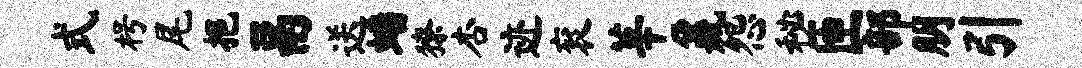
式枵尾挹鬲送蟠獠杏迹衮莘鼐怨秘匝部朋引